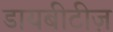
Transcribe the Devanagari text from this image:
डायबीटीज़